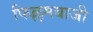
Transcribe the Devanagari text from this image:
फिल्लमबाजी